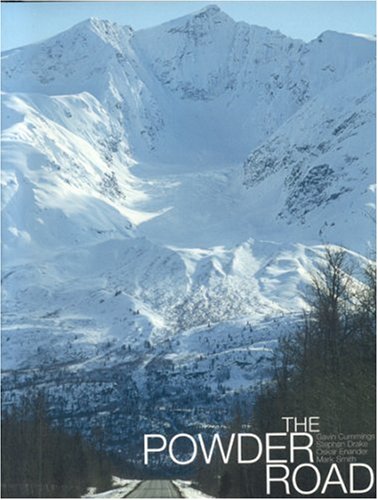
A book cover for The Powder Road (Practical Handbook); Stephan Drake; Travel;